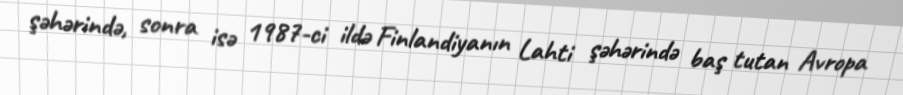
şəhərində, sonra isə 1987-ci ildə Finlandiyanın Lahti şəhərində baş tutan Avropa